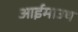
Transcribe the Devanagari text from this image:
आईमाउथ